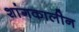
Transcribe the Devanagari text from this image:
शांगकालीन